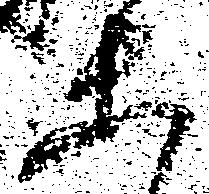
等